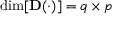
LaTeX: \dim [ \mathbf { D } ( \cdot ) ] = q \times p